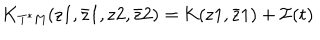
\mathrm { K _ { T ^ { * } M } ( z 1 , \bar { z } 1 , z 2 , \bar { z } 2 ) = K ( z 1 , \bar { z } 1 ) + { \cal { I } } ( t ) }